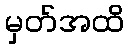
မှတ်အထိ